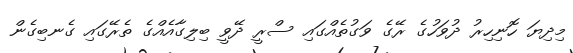
މިދިޔަ ހޮނިހިރު ދުވަހުގެ ރޭގެ ވަގުތެއްގައި ސްރީ ދޭވީ ބިލިގާއެއްގެ ތެރޭގައި ގެނބިގެން